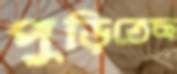
পুড়িতেছ